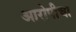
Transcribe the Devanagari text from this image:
आरोपीचा